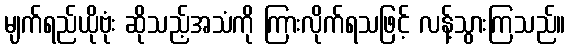
မျက်ရည်ယိုဗုံး ဆိုသည့်အသံကို ကြားလိုက်ရသဖြင့် လန့်သွားကြသည်။